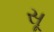
સૂ